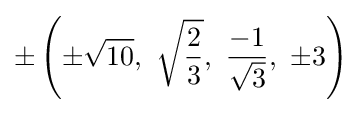
\pm \left(\pm {\sqrt {10}},\ {\sqrt {\frac {2}{3}}},\ {\frac {-1}{\sqrt {3}}},\ \pm 3\right)